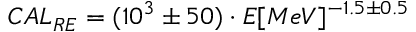
C A L _ { R E } = ( 1 0 ^ { 3 } \pm 5 0 ) \cdot E [ M e V ] ^ { - 1 . 5 \pm 0 . 5 }